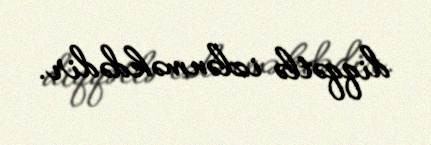
diqqətlə izlənməkdədir.